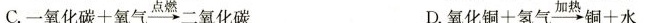
C.$$一 氧 化 碳 + 氧 气 \xrightarrow{ 点 燃 } 二 氧 化 碳$$ D.$$氧 化 铜 + 氢 气 \xrightarrow{ 加 热 } 铜 + 水$$